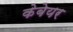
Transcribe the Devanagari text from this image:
केबेयर